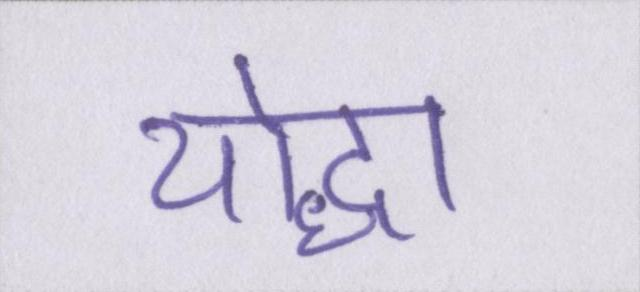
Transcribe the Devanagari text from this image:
योद्धा